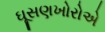
ઘૂસણખોરોએ